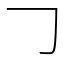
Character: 𠃌